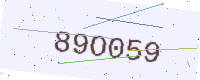
Text: 89O059